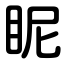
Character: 眤